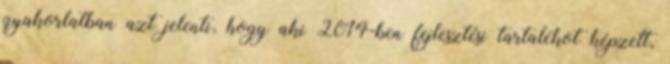
gyakorlatban azt jelenti, hogy aki 2014-ben fejlesztési tartalékot képzett,